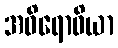
အဝိရောဓိယာ